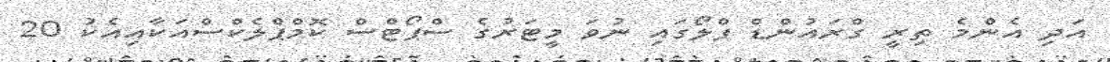
އަދި އެންމެ ތިރީ ގްރައުންޑް ފްލޯގައި ނުވަ މީޓަރުގެ ސްޕޯޓްސް ކޮމްޕްލެކްސްއަކާއިއެކު 20